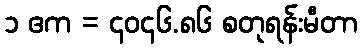
၁ ဧက = ၄၀၄၆.၈၆ စတုရန်းမီတာ